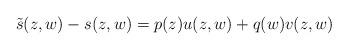
LaTeX: \begin{align*} \tilde s(z,w) - s(z,w) = p(z) u(z,w) + q(w) v(z,w) \end{align*}